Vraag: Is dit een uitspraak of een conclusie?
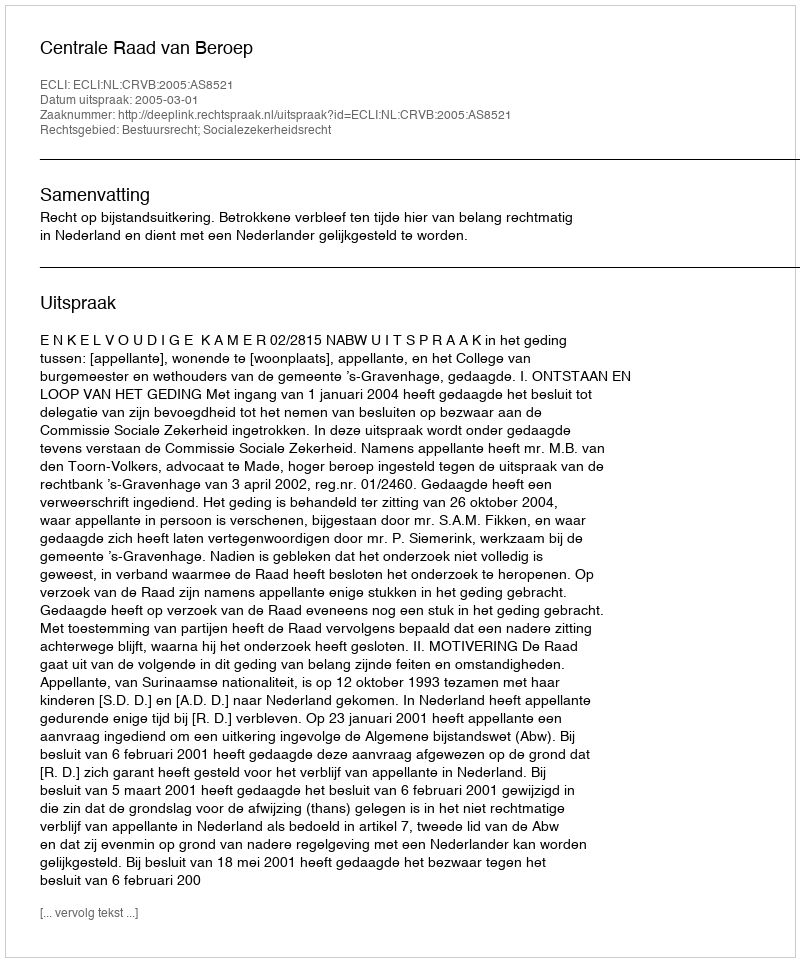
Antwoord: Uitspraak